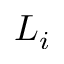
L _ { i }